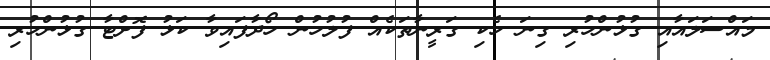
މައްސަލައާއި ގުޅުންހުރި ގިނަ ހެކި ގަރީނާތަކެއް ފުލުހުން ހޯދާފައިވާ ކަޅު ފޮށްޓާ ގުޅުންހުރި